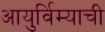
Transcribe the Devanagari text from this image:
आयुर्विम्याची